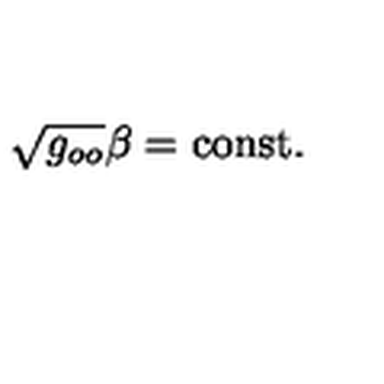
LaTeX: \sqrt { g _ { o o } } \beta = \mathrm { c o n s t } .